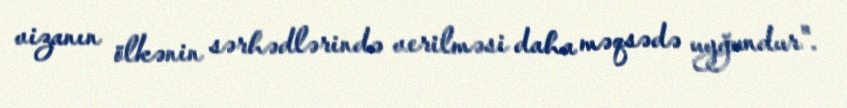
vizanın ölkənin sərhədlərində verilməsi daha məqsədə uyğundur".